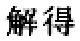
解得